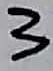
Text: 3